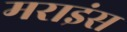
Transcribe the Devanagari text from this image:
मराइंस